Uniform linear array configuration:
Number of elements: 4
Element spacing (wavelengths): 0.5
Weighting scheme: exponential
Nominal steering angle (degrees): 15
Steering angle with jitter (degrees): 16.075
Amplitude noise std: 0.05
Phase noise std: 0.05

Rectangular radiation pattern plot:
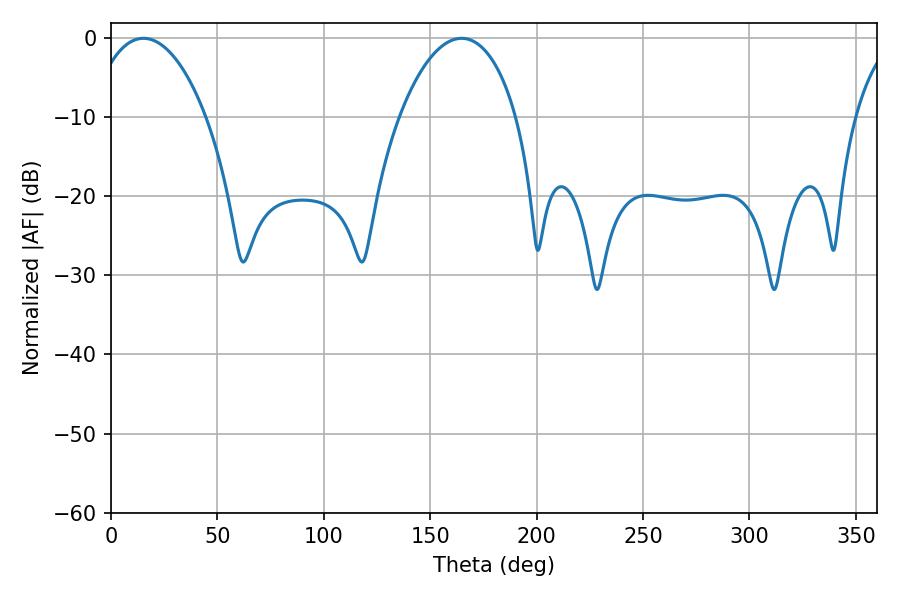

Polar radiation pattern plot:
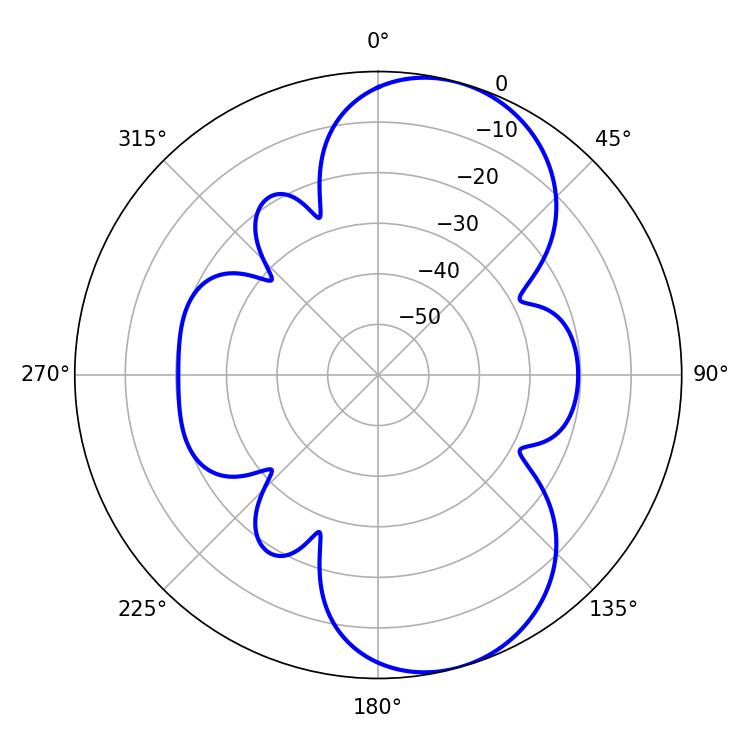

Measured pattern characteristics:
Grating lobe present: FALSE
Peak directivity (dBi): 8.143
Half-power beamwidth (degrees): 30.96
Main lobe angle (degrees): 15.3